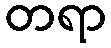
တရာ